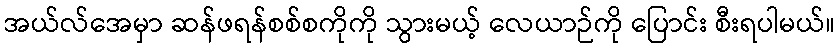
အယ်လ်အေမှာ ဆန်ဖရန်စစ်စကိုကို သွားမယ့် လေယာဉ်ကို ပြောင်း စီးရပါမယ်။